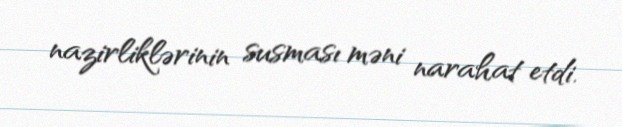
nazirliklərinin susması məni narahat etdi.